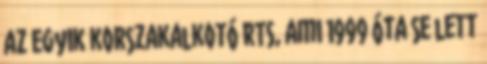
az egyik korszakalkotó RTS, ami 1999 óta se lett